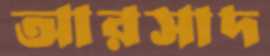
আরসাদ